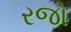
રજો